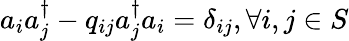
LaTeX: a_{i}a_{j}^{\dagger}-q_{ij}a_{j}^{\dagger}a_{i}=\delta_{ij},\forall i,j\in S